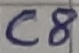
Text: C8